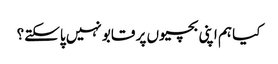
کیا ہم اپنی بچیوں پر قابو نہیں پاسکتے؟